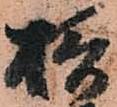
摂